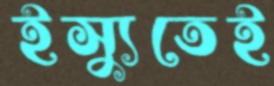
ইস্যুতেই